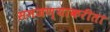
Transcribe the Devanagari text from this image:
समजण्याकरीता